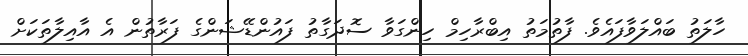
ހާލަތު ބައްލަވާފައެވެ. ފާތުމަތު އިބްރާހިމް ހިންގަވާ ސޮދަގާތު ފައުންޑޭޝަންގެ ފަރާތުން އެ އާއިލާތަކަށް